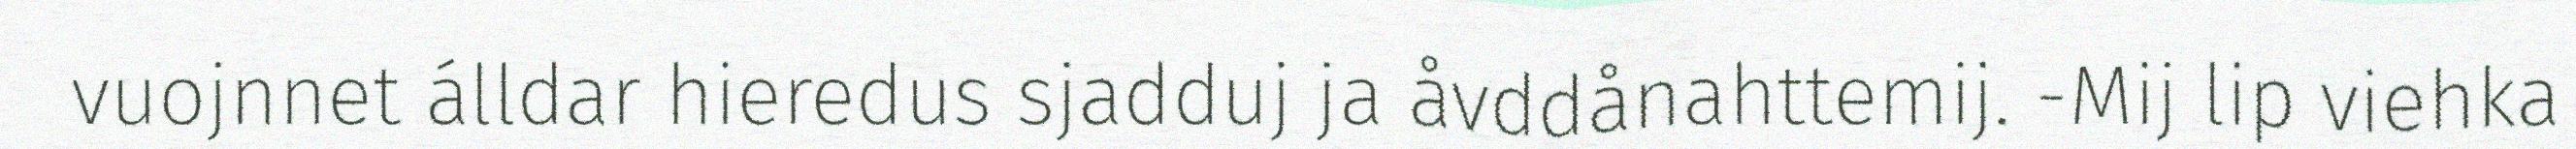
vuojnnet álldar hieredus sjadduj ja åvddånahttemij. -Mij lip viehka